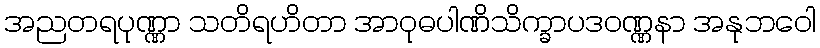
အညတရပုဏ္ဏာ သတိရဟိတာ အာဝုဓပါဏိသိက္ခာပဒဝဏ္ဏနာ အနုဘဝေါ